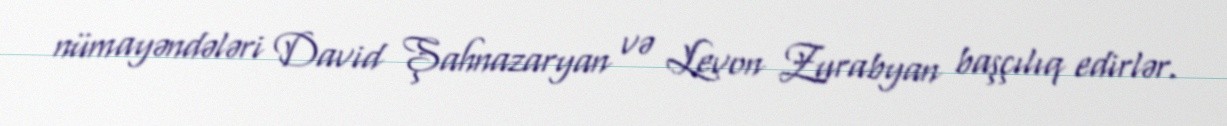
nümayəndələri David Şahnazaryan və Levon Zurabyan başçılıq edirlər.